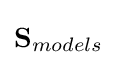
\mathbf {S} _{models}